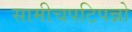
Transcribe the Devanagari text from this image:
सामीचपटिपन्नो